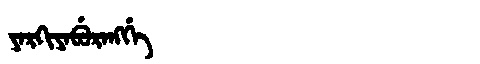
Manchu: ᠶᠠᡵᡴᡳᠶᠠᠪᡠᡵᠠᠩᡤᡝ
Romanization: YARKIYABURANGGE